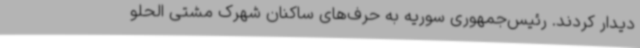
دیدار کردند. رئیس‌جمهوری سوریه به حرف‌های ساکنان شهرک مشتی الحلو